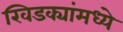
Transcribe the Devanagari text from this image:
खिडक्यांमध्ये